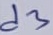
Text: d3